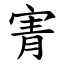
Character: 寈